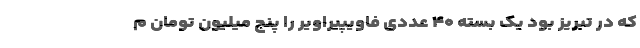
که در تبریز بود یک بسته ۴۰ عددی فاویپیراویر را پنج میلیون تومان م